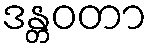
ဒန္တဝတာ